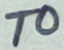
Text: T0